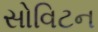
સોવિટન